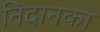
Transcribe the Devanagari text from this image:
निदानका